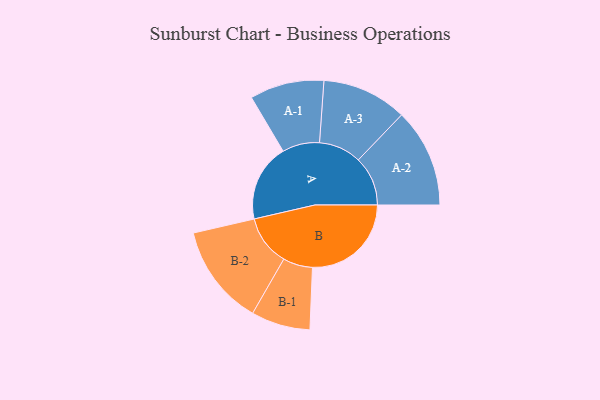
{"axis": {"x": "Segment", "y": "Value"}, "legend": ["", "A", "B"], "data": [{"x": "A", "y": 304, "type": ""}, {"x": "B", "y": 388, "type": ""}, {"x": "A-1", "y": 146, "type": "A"}, {"x": "A-2", "y": 194, "type": "A"}, {"x": "A-3", "y": 167, "type": "A"}, {"x": "B-1", "y": 116, "type": "B"}, {"x": "B-2", "y": 198, "type": "B"}]}